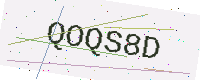
Text: QOQS8D